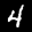
Digit: 4